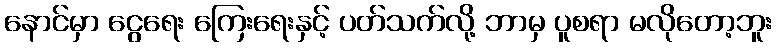
နောင်မှာ ငွေရေး ကြေးရေးနှင့် ပတ်သက်လို့ ဘာမှ ပူစရာ မလိုတော့ဘူး